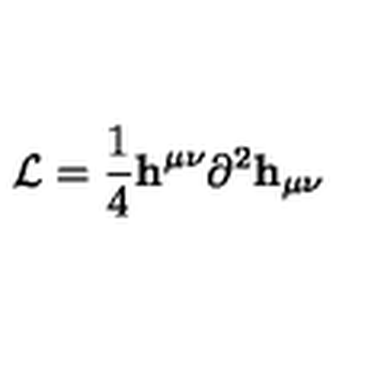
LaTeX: { \cal L } = { \frac { 1 } { 4 } } { \bf h } ^ { \mu \nu } \partial ^ { 2 } { \bf h } _ { \mu \nu }